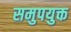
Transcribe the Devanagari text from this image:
समुपयुक्त